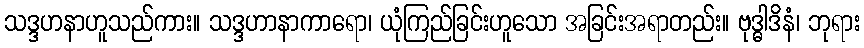
သဒ္ဒဟနာဟူသည်ကား။ သဒ္ဒဟာနာကာရော၊ ယုံကြည်ခြင်းဟူသော အခြင်းအရာတည်း။ ဗုဒ္ဓါဒိနံ၊ ဘုရား